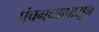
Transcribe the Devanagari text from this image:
पंचगव्यापासून